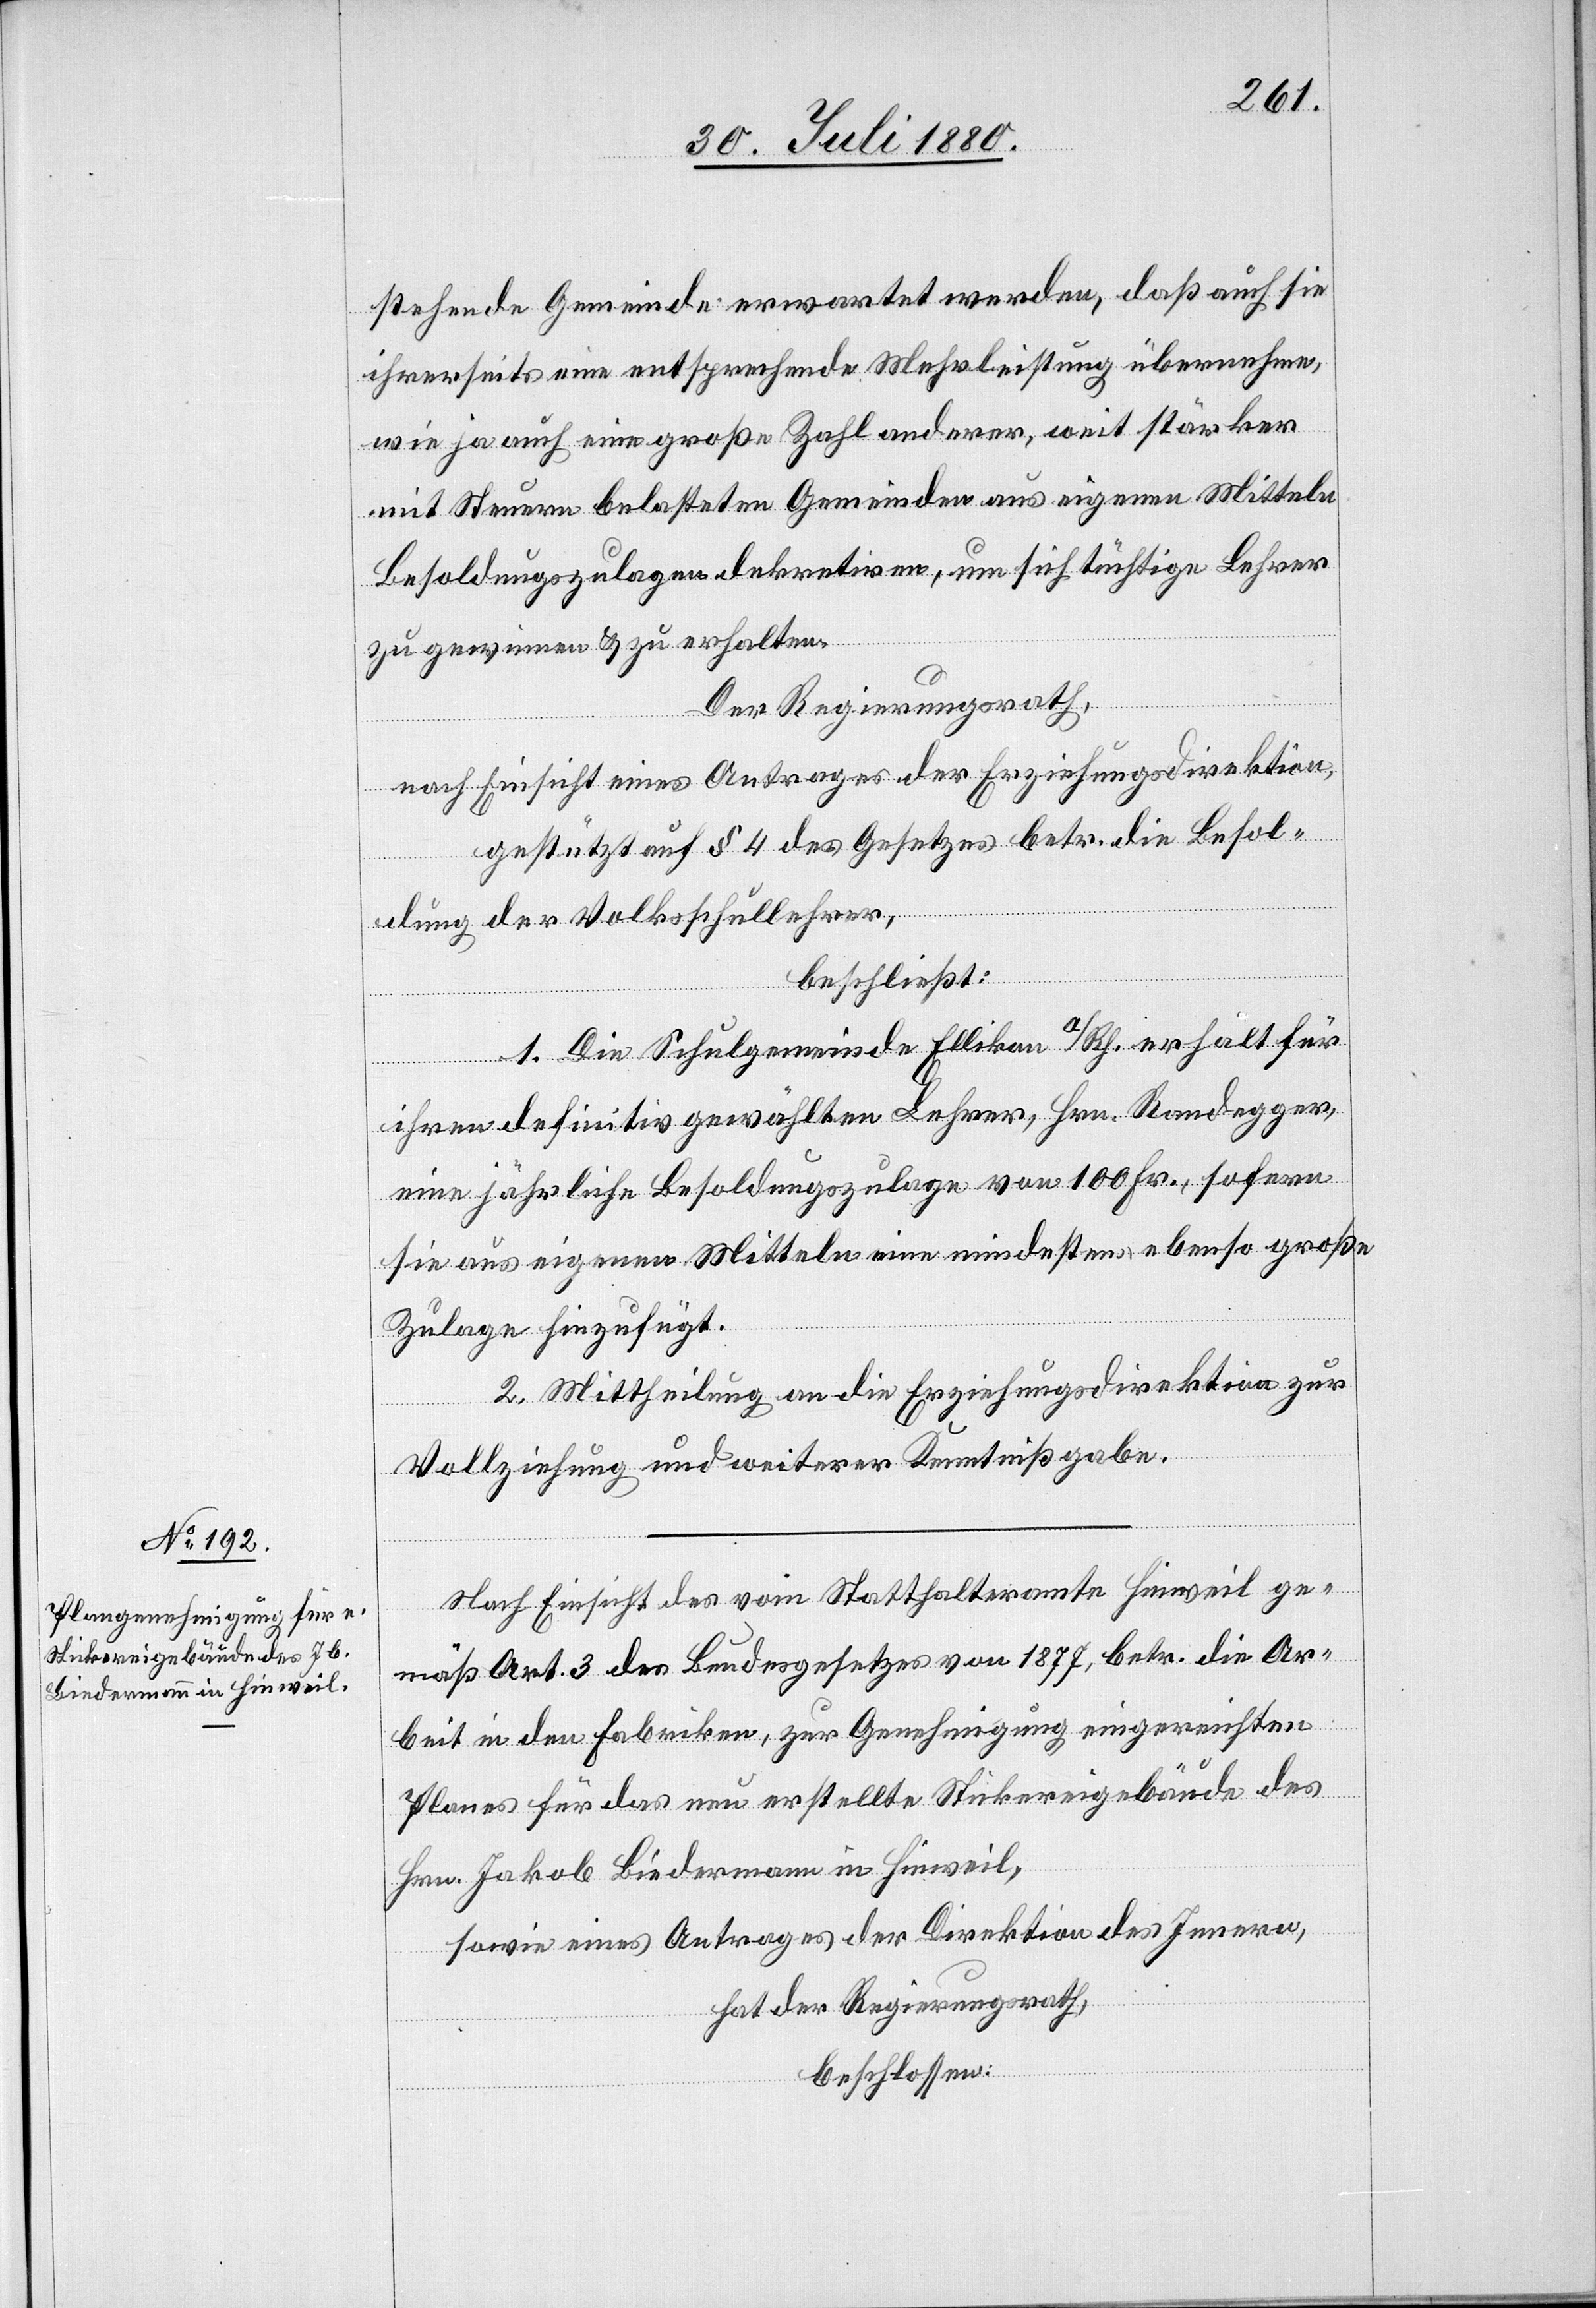
stehenden Gemeinde erwartet werden, daß auch sie
ihrerseits eine entsprechende Mehrleistung übernehmen,
wie ja auch eine große Zahl anderer, weit stärker
mit Steuern belasteten Gemeinden aus eigenen Mitteln
Besoldungszulagen dekretiren, um sich tüchtige Lehrer
zu gewinnen & zu erhalten.
Der Regierungsrath,
nach Einsicht eines Antrages der Erziehungsdirektion,
gestützt auf § 4 des Gesetzes betr. die Besol¬
dung der Volksschullehrer,
beschließt:
1. Die Schulgemeinde Ellikon a/Rh. erhält für
ihren definitv gewählten Lehrer, Hrn. Randegger,
eine jährliche Besoldungszulage von 100 Fr., sofern
sie aus eigenen Mitteln eine mindestens ebenso große
Zulage hinzufügt.
2. Mittheilung an die Erziehungsdirektion zur
Vollziehung und weiterer Kenntnißgabe.
Nach Einsicht vom Statthalteramte Hinweil ge¬
mäß Art. 3 des Bundesgesetzes von 1877, betr. die Ar¬
beit in den Fabriken, zur Genehmigung eingereichten
Planes für das neu erstellte Stickereigebäude des
Hrn. Jakob Biedermann in Hinweil,
sowie eines Antrages der Direktion des Innern,
hat der Regierungsrath,
beschlossen: